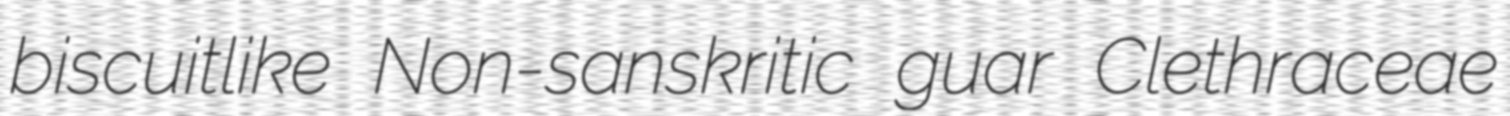
biscuitlike Non-sanskritic guar Clethraceae